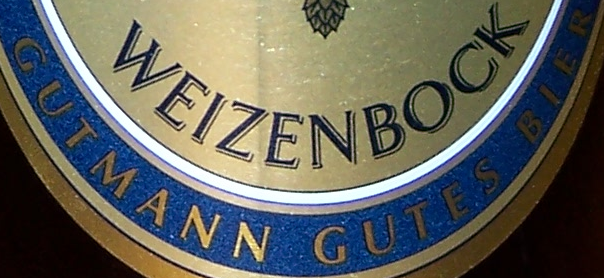
GUTMANN GUTES BIER